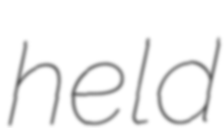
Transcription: held